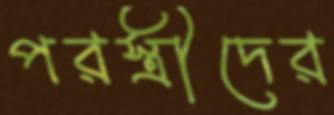
পরস্ত্রীদের